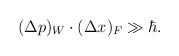
LaTeX: \begin{align*}(\Delta p)_W \cdot (\Delta x)_F \gg \hbar.\end{align*}